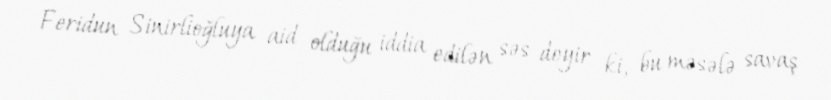
Feridun Sinirlioğluya aid olduğu iddia edilən səs deyir ki, bu məsələ savaş